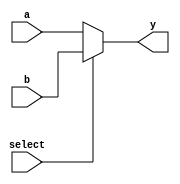
module mux3bit21(a,b,select,y);
input [2:0]a;
input [2:0]b;
input select;
output [2:0]y;

assign y=select?b:a;
endmodule